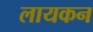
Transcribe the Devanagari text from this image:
लायकन